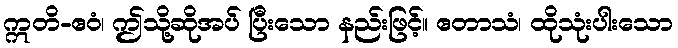
ဣတိ-ဧဝံ၊ ဤသို့ဆိုအပ် ပြီးသော နည်းဖြင့်။ ဧတာသံ၊ ထိုသုံးပါးသော